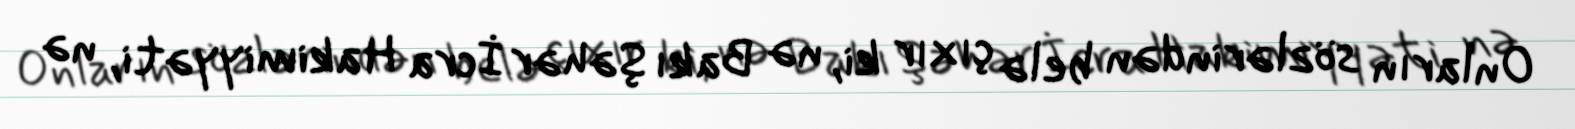
Onların sözlərindən belə çıxır ki, nə Bakı Şəhər İcra Hakimiyyəti, nə